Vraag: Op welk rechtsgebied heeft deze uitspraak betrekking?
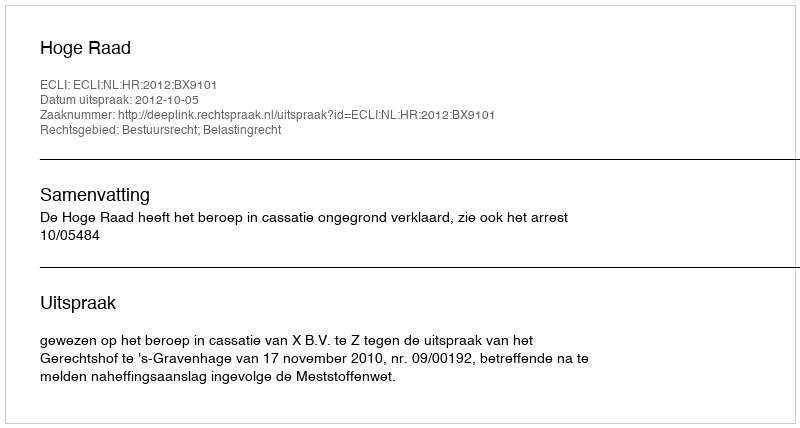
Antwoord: Bestuursrecht; Belastingrecht